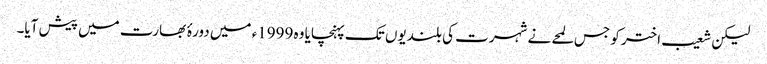
لیکن شعیب اختر کو جس لمحے نے شہرت کی بلندیوں تک پہنچایا وہ 1999ء میں دورۂ بھارت میں پیش آیا۔